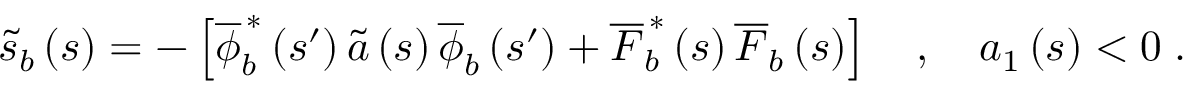
\widetilde { s } _ { b } \left( s \right) = - \left[ \overline { { \phi } } _ { b } ^ { \, \ast } \left( s ^ { \prime } \right) \widetilde { a } \left( s \right) \overline { { \phi } } _ { b } \left( s ^ { \prime } \right) + \overline { { F } } _ { b } ^ { \, \ast } \left( s \right) \overline { { F } } _ { b } \left( s \right) \right] \quad , \quad a _ { 1 } \left( s \right) < 0 \; .